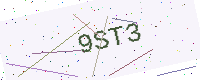
Text: 9ST3